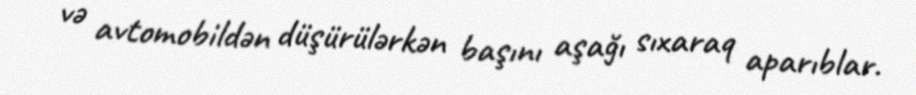
və avtomobildən düşürülərkən başını aşağı sıxaraq aparıblar.